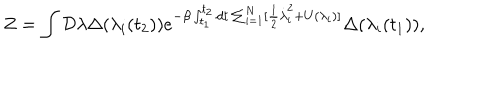
Z = \int { \cal D } \lambda \Delta ( \lambda _ { i } ( t _ { 2 } ) ) e ^ { - \beta \int _ { t _ { 1 } } ^ { t _ { 2 } } d t \sum _ { i = 1 } ^ { N } [ \frac { 1 } { 2 } \dot { \lambda } _ { i } ^ { 2 } + U ( \lambda _ { i } ) ] } \Delta ( \lambda _ { i } ( t _ { 1 } ) ) ,